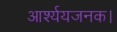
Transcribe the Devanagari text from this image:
आर्श्ययजनक।